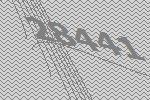
28441